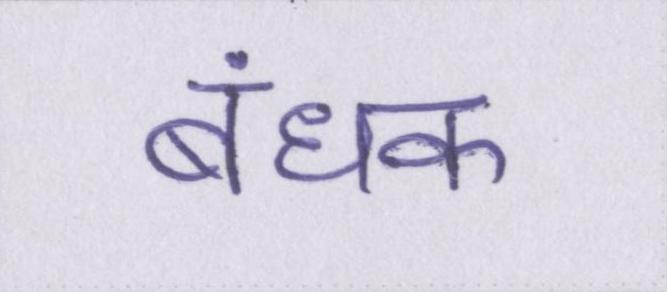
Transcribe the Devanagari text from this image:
बंधक